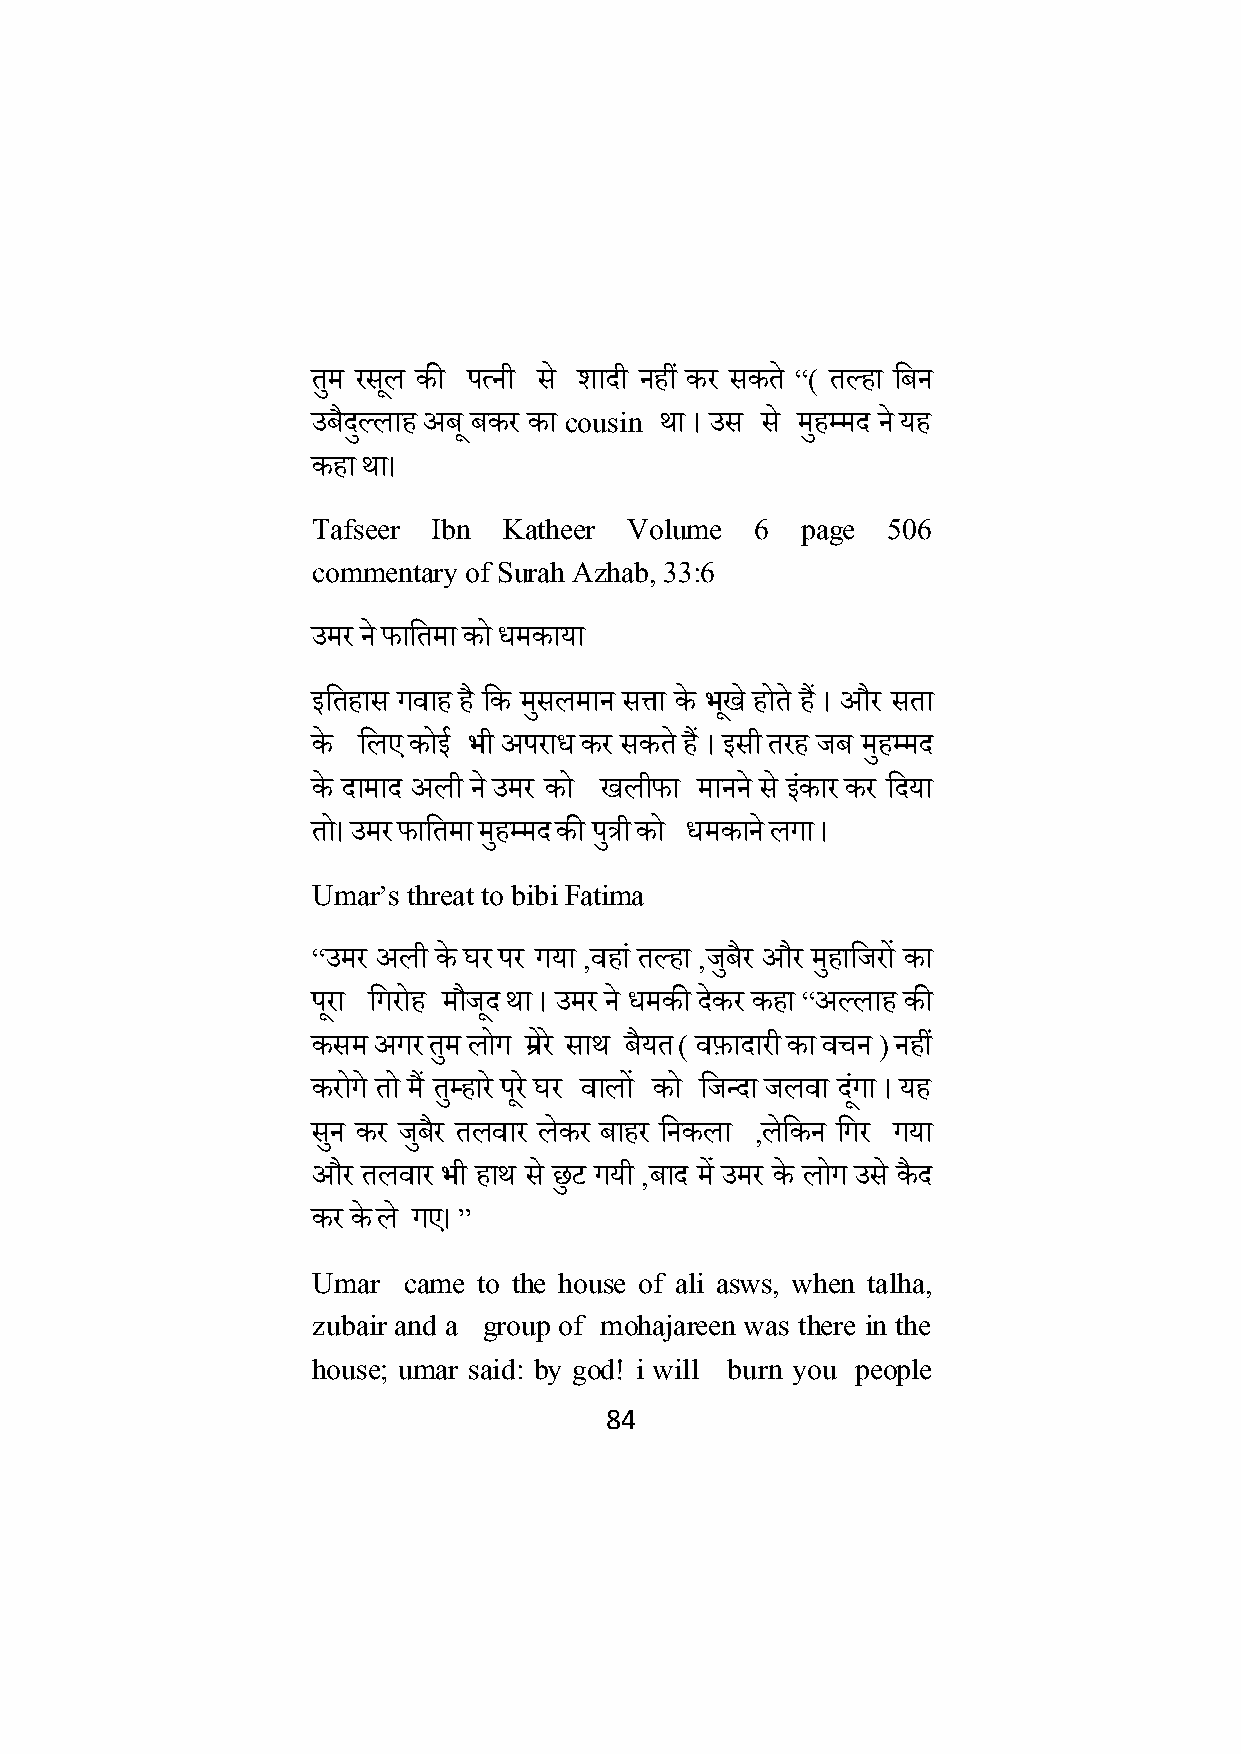
तुम रसलू की पत्नी स े िादी नहीं कर सकत े ‚( तकहा क्षबन
 उबैदकु लाह अबू बकर का cousin था । उस से महु म्मद न े यह
 कहा था।
 Tafseer Ibn Katheer Volume   6  page  506
 commentary of Surah Azhab, 33:6
 उमर न े र्ाक्षतमा को धमकाया
 इक्षतहास गवाह है क्षक मसु लमान सत्ता के भखू े होत े हैं । और सता
 के क्षलए कोई भी अपराध कर सकत े हैं । इसी तरह जब महु म्मद
 के दामाद अली न े उमर को खलीर्ा मानन े स े इकं ार कर क्षदया
 तो। उमर र्ाक्षतमा महु म्मद की पत्रु ी को धमकान ेलगा ।
 Umar’s threat to bibi Fatima
 ‚उमर अली के घर पर गया ,वहा ं तकहा ,जबु ैर और महु ाक्षजरों का
 परू ा क्षगरोह मौजदू था । उमर ने धमकी देकर कहा ‚अकलाह की
 कसम अगर तुम लोग म्रेरे साथ बैयत ( वफ़ादारी का वचन ) नहीं
 करोग े तो मैं तुम्हार े परू े घर वालों को क्षजन्दा जलवा दंगू ा । यह
 सनु कर जबु ैर तलवार लेकर बाहर क्षनकला ,लेक्षकन क्षगर गया
 और तलवार भी हाथ स े छुि गयी ,बाद म ें उमर के लोग उसे कैद
 कर के ले गए। ‛
 Umar  came to the house of ali asws, when talha,
 zubair and a group of mohajareen was there in the
 house; umar said: by god! i will burn you people
 84